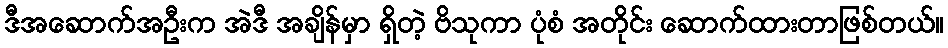
ဒီအဆောက်အဦးက အဲဒီ အချိန်မှာ ရှိတဲ့ ဗိသုကာ ပုံစံ အတိုင်း ဆောက်ထားတာဖြစ်တယ်။